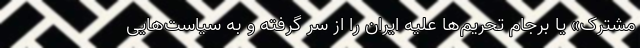
مشترک» یا برجام تحریم‌ها علیه ایران را از سر گرفته و به سیاست‌هایی